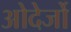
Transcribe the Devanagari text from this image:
ओदेर्जो